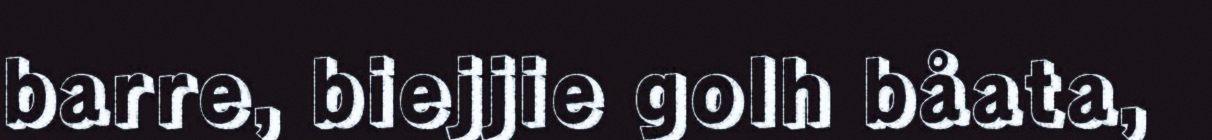
barre, biejjie golh båata,